Annual report of the Punjab Veterinary College and of the Civil Veterinary Department, Punjab - 1909-1919
Year: 1909
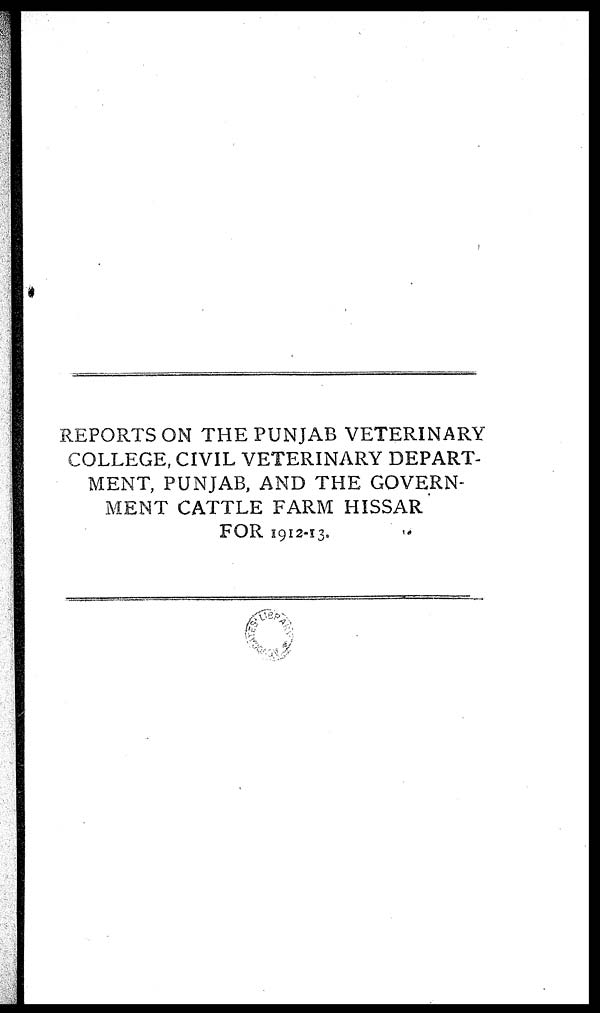
REPORTS ON THE PUNJAB VETERINARY
COLLEGE, CIVIL VETERINARY DEPART-
MENT, PUNJAB, AND THE GOVERN-
MENT CATTLE FARM HISSAR
FOR 1912-13.